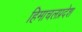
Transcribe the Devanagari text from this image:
हिमाचलप्रदेश